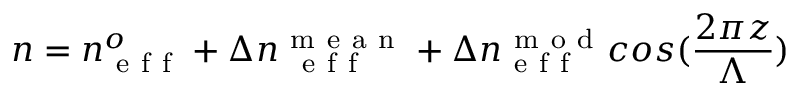
n = n _ { \mathrm { ~ e ~ f ~ f ~ } } ^ { o } + \Delta n _ { \mathrm { ~ \mathrm { ~ e ~ f ~ f ~ } ~ } } ^ { \mathrm { ~ m ~ e ~ a ~ n ~ } } + \Delta n _ { \mathrm { ~ e ~ f ~ f ~ } } ^ { \mathrm { ~ m ~ o ~ d ~ } } c o s ( \frac { 2 \pi z } { \Lambda } )